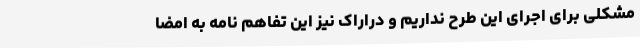
مشکلی برای اجرای این طرح نداریم و دراراک نیز این تفاهم نامه به امضا